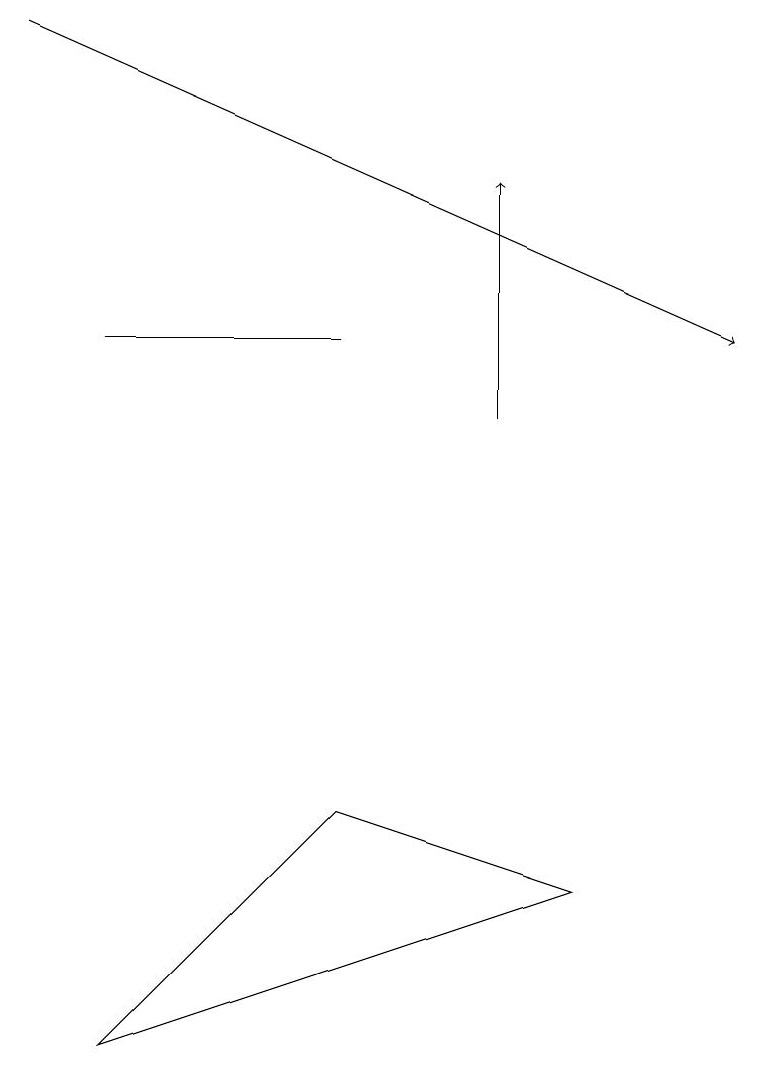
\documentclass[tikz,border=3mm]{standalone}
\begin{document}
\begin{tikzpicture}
\draw (4,8) -- (7,7) -- (1,5) -- cycle;
\draw (1,14) rectangle (4,14);
\draw[->] (0,18) -- (9,14);
\draw[->] (6,13) -- (6,16);
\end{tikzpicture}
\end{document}